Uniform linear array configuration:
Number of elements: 16
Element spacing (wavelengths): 0.25
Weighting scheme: blackman
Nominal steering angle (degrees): -30
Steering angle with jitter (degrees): -30.16
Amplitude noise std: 0.05
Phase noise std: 0.05

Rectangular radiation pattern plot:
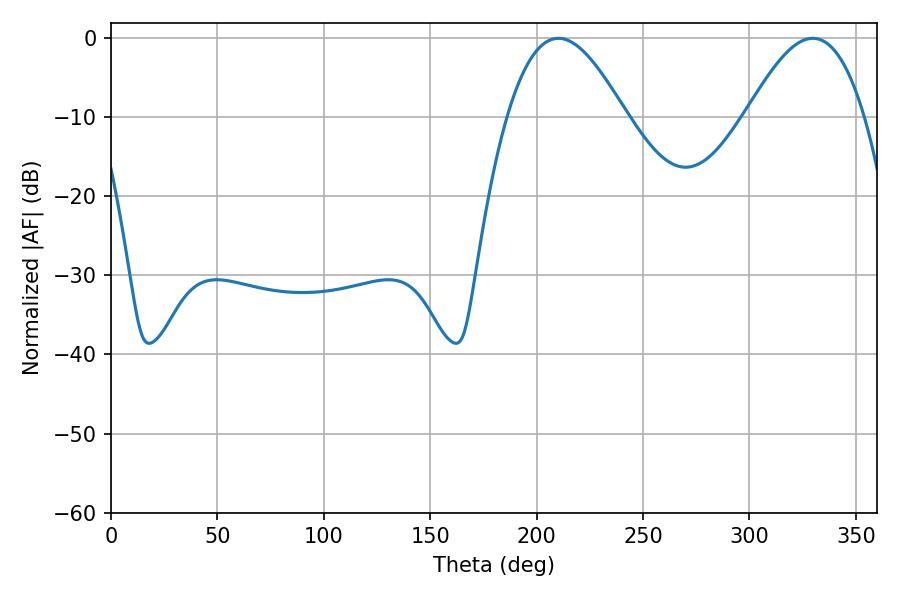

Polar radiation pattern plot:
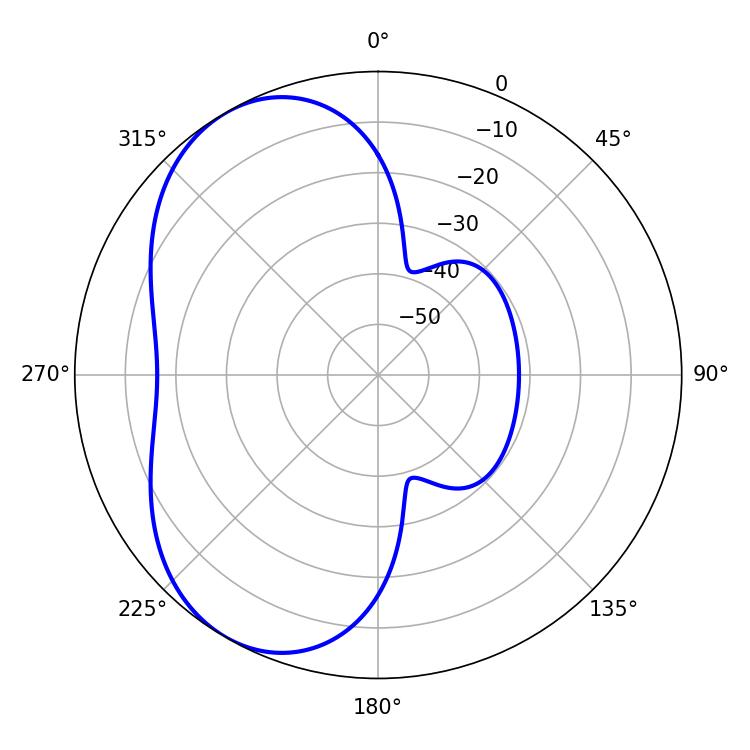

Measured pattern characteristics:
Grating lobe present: FALSE
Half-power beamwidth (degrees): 30.06
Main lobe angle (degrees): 210.24